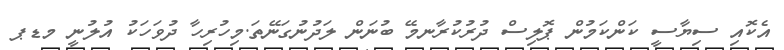
އެކޮއި ސިޔާސީ ކަންކަމުން ޕޮލިސް ދުރުކުރާނމޭ ބުނަން ލަދުނުގަނޭތަ.މިހުރިހާ ދުވަހަކު އުލުނީ މޑޕ